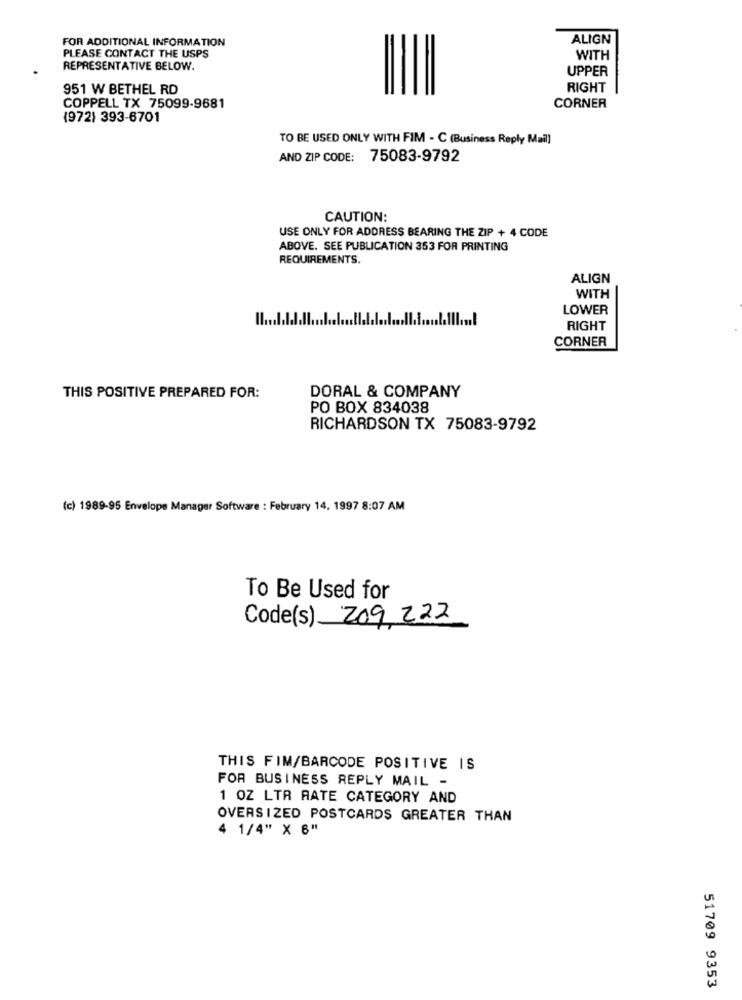
FOR ADDITIONAL INFORMATION
ALIGN
PLEASE CONTACT THE USPS
WITH
REPRESENTATIVE BELOW.
UPPER
951 W BETHEL RD
RIGHT
COPPELL TX 75099-9681
CORNER
(972) 393-6701
TO BE USED ONLY WITH FIM - C (Business Reply Mail)
AND ZIP CODE: 75083-9792
CAUTION:
USE ONLY FOR ADDRESS BEARING THE ZIP + 4 CODE
ABOVE. SEE PUBLICATION 353 FOR PRINTING
REQUIREMENTS.
ALIGN
WITH
LOWER
RIGHT
CORNER
DORAL & COMPANY
THIS POSITIVE PREPARED FOR:
PO BOX 834038
RICHARDSON TX 75083-9792
(c) 1989-95 Envelope Manager Software : February 14, 1997 8:07 AM
To Be Used for
Code(s) 209 222
THIS FIM/BARCODE POSITIVE IS
FOR BUSINESS REPLY MAIL -
1 OZ LTR RATE CATEGORY AND
OVERSIZED POSTCARDS GREATER THAN
4 1/4" X 6"
51709 9353